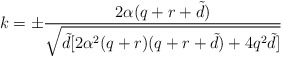
\begin{align*}k=\pm\frac{2\alpha (q+r+{\tilde d})}{\sqrt{{\tilde d}[2\alpha ^{2}(q+r)(q+r+{\tilde d})+4q^{2}{\tilde d}]}} \end{align*}